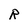
Character: R